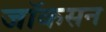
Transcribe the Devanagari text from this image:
जॉकसन